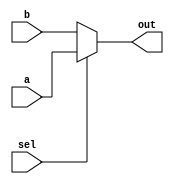
`timescale 1ns / 1ps

module mux2_1 #(parameter size = 5)(
    input [size-1:0] a, b,
    input sel,
    output [size-1:0] out);
    
    assign out = sel ? a : b;
endmodule